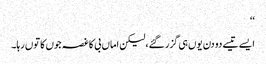
‘‘
ایسے تیسے دو دن یوں ہی گزر گئے،لیکن اماں بی کا غصہ جوں کا توں رہا۔